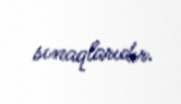
sınaqlarıdır.